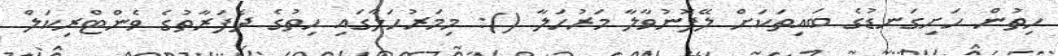
ހިތުން ހަށިގަނޑުގެ ބައިތަކަށް ލޭފޮނުވާލާ މަރުހަލާ (): މިމަރުހަލާގައި ހިތުގެ ދެފަރާތުގެ ވެންޓްރިކަލް